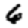
Digit: 6